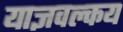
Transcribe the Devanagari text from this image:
याज्ञवल्‍कय